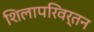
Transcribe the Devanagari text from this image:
शिलापरिवर्तन